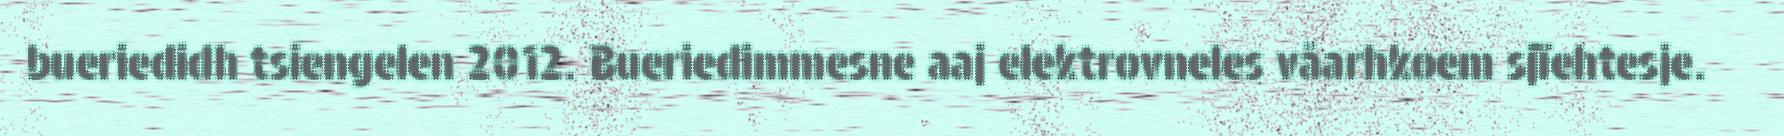
bueriedidh tsiengelen 2012. Bueriedimmesne aaj elektrovneles våarhkoem sjïehtesje.